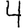
Digit: 4